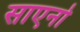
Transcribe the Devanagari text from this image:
साएनो